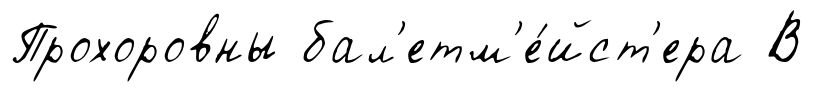
Прохоровны бал'етм'е́йст'ера В